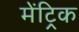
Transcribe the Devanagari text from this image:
मेंट्रिक